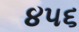
૪૫૬